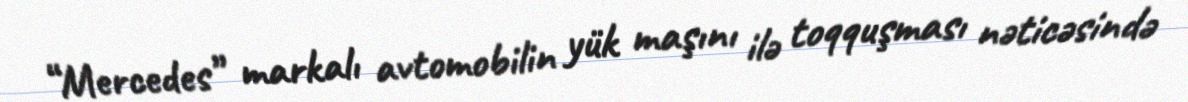
“Mercedes” markalı avtomobilin yük maşını ilə toqquşması nəticəsində